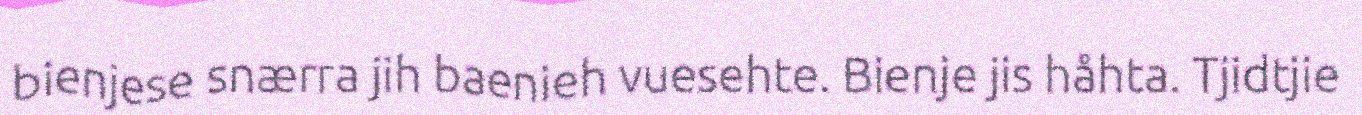
bienjese snærra jih baenieh vuesehte. Bienje jis håhta. Tjidtjie